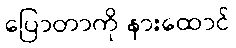
ပြောတာကို နားထောင်